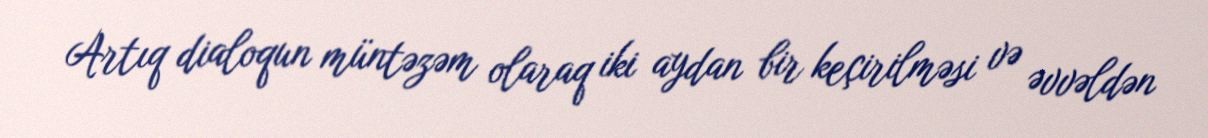
Artıq dialoqun müntəzəm olaraq iki aydan bir keçirilməsi və əvvəldən